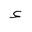
Letter: _hamza